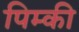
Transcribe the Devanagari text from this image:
पिम्की